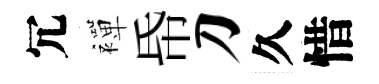
冗襌帋刀久惜